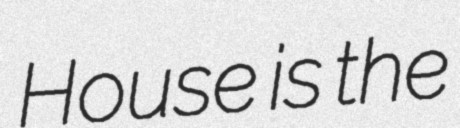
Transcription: House is the